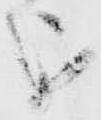
を